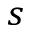
_ s